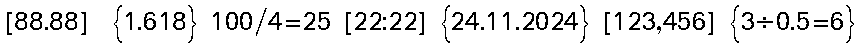
[88.88]  {1.618} 100/4=25 [22:22] {24.11.2024} [123,456] {3÷0.5=6}